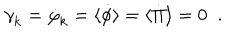
\dot { \gamma } _ { \mathrm { k } } = \dot { \varphi } _ { \mathrm { k } } = \langle \dot { \phi } \rangle = \langle \dot { \Pi } \rangle = 0 \; \; .